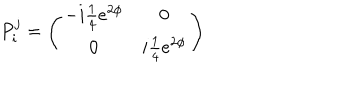
LaTeX: P _ { i } ^ { j } = \left( \begin{array} { c c } { { - i { \textstyle { \frac { 1 } { 4 } } } e ^ { 2 \phi } } } & { { 0 } } \\ { { 0 } } & { { i { \textstyle { \frac { 1 } { 4 } } } e ^ { 2 \phi } } } \\ \end{array} \right)